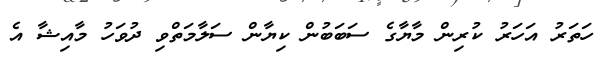
ހަތަރު އަހަރު ކުރިން މާޔާގެ ސަބަބުން ކިޔާން ސަލާމަތްވި ދުވަހު މާއިޝާ އެ